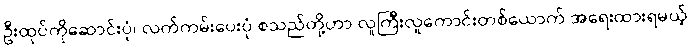
ဦးထုပ်ကိုဆောင်းပုံ၊ လက်ကမ်းပေးပုံ စသည်တို့ဟာ လူကြီးလူကောင်းတစ်ယောက် အရေးထားရမယ့်